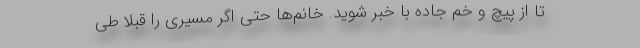
تا از پیچ و خم جاده با خبر شوید. خانم‌ها حتی اگر مسیری را قبلا طی